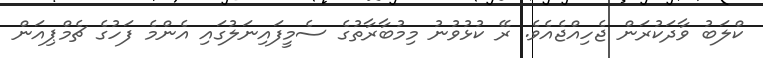
ކްލަބު ވާދަކުރަން ޖެހިއްޖެއެވެ. ރޭ ކުޅުވުނު މިމުބާރާތުގެ ސެމީފައިނަލުގައި އެންމެ ފަހުގެ ޗެމްޕިއަން